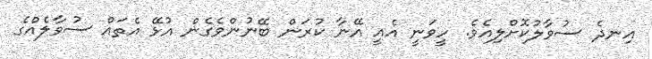
އިނދެ ސުވާލުކޮށްލިއެވެ. ހީވަނީ އެއީ އޭނާ ކުރަން ބޭނުންވެގެން އުޅޭ އެތައް ސުވާލެއްގެ